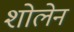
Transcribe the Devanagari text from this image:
शोलेन